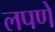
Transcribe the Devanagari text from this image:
लपणे